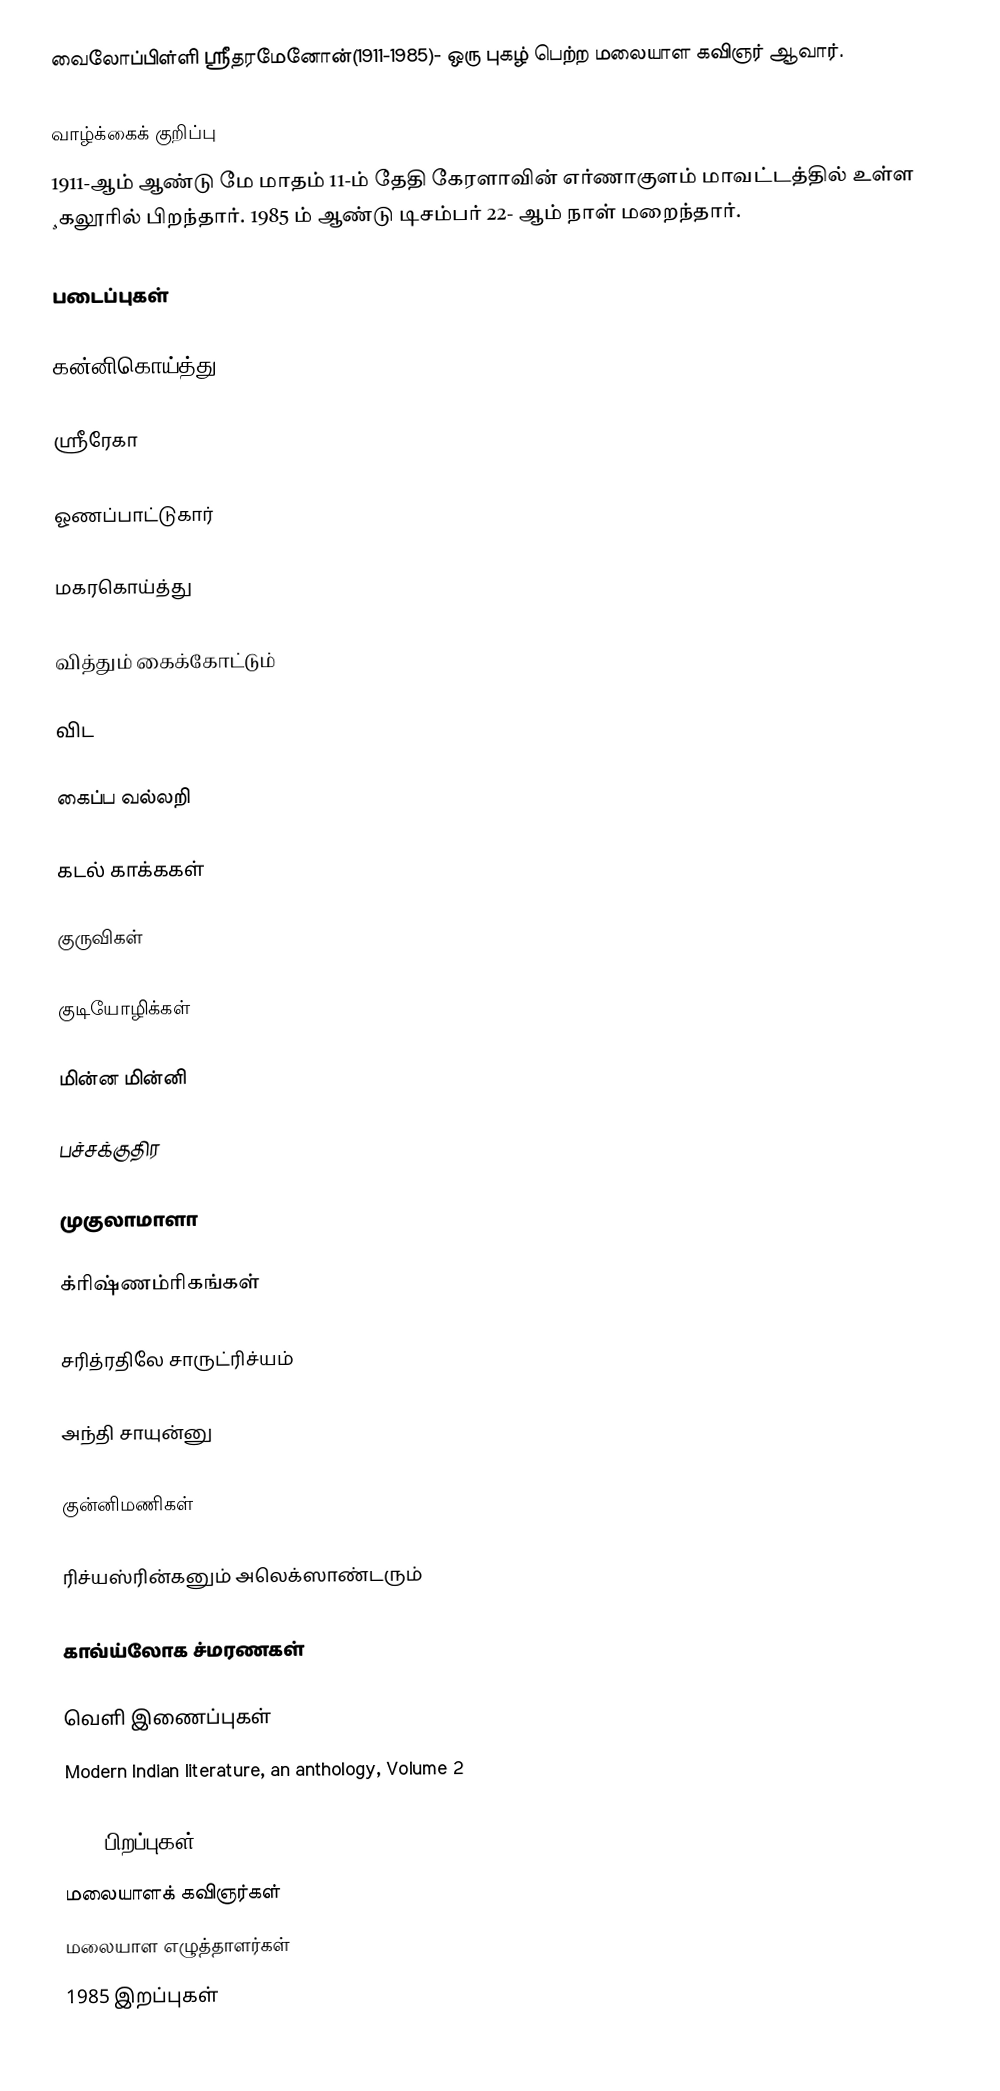
வைலோப்பிள்ளி ஸ்ரீதரமேனோன்(1911-1985)- ஒரு புகழ் பெற்ற மலையாள கவிஞர் ஆவார்.

வாழ்க்கைக் குறிப்பு
1911-ஆம் ஆண்டு மே மாதம் 11-ம் தேதி கேரளாவின் எர்ணாகுளம் மாவட்டத்தில் உள்ள ¸கலூரில் பிறந்தார். 1985 ம் ஆண்டு டிசம்பர் 22- ஆம் நாள் மறைந்தார்.

படைப்புகள்

கன்னிகொய்த்து

ஸ்ரீரேகா

ஓணப்பாட்டுகார்

மகரகொய்த்து

வித்தும் கைக்கோட்டும்

விட

கைப்ப வல்லறி

கடல் காக்ககள்

குருவிகள்

குடியோழிக்கள்

மின்ன மின்னி

பச்சக்குதிர

முகுலாமாளா

க்ரிஷ்ணம்ரிகங்கள்

சரித்ரதிலே சாருட்ரிச்யம்

அந்தி சாயுன்னு

குன்னிமணிகள்

ரிச்யஸ்ரின்கனும் அலெக்ஸாண்டரும்

காவ்ய்லோக ச்மரணகள்

வெளி இணைப்புகள்
 Modern Indian literature, an anthology, Volume 2

1911 பிறப்புகள்
மலையாளக் கவிஞர்கள்
மலையாள எழுத்தாளர்கள்
1985 இறப்புகள்